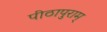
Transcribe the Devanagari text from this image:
पीठापुराम्‌